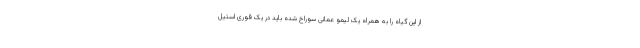
از این گیاه را به همراه یک لیمو عمانی سوراخ شده باید در یک قوری استیل